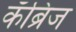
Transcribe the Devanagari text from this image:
कॅंब्रिज